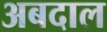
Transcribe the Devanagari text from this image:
अबदाल